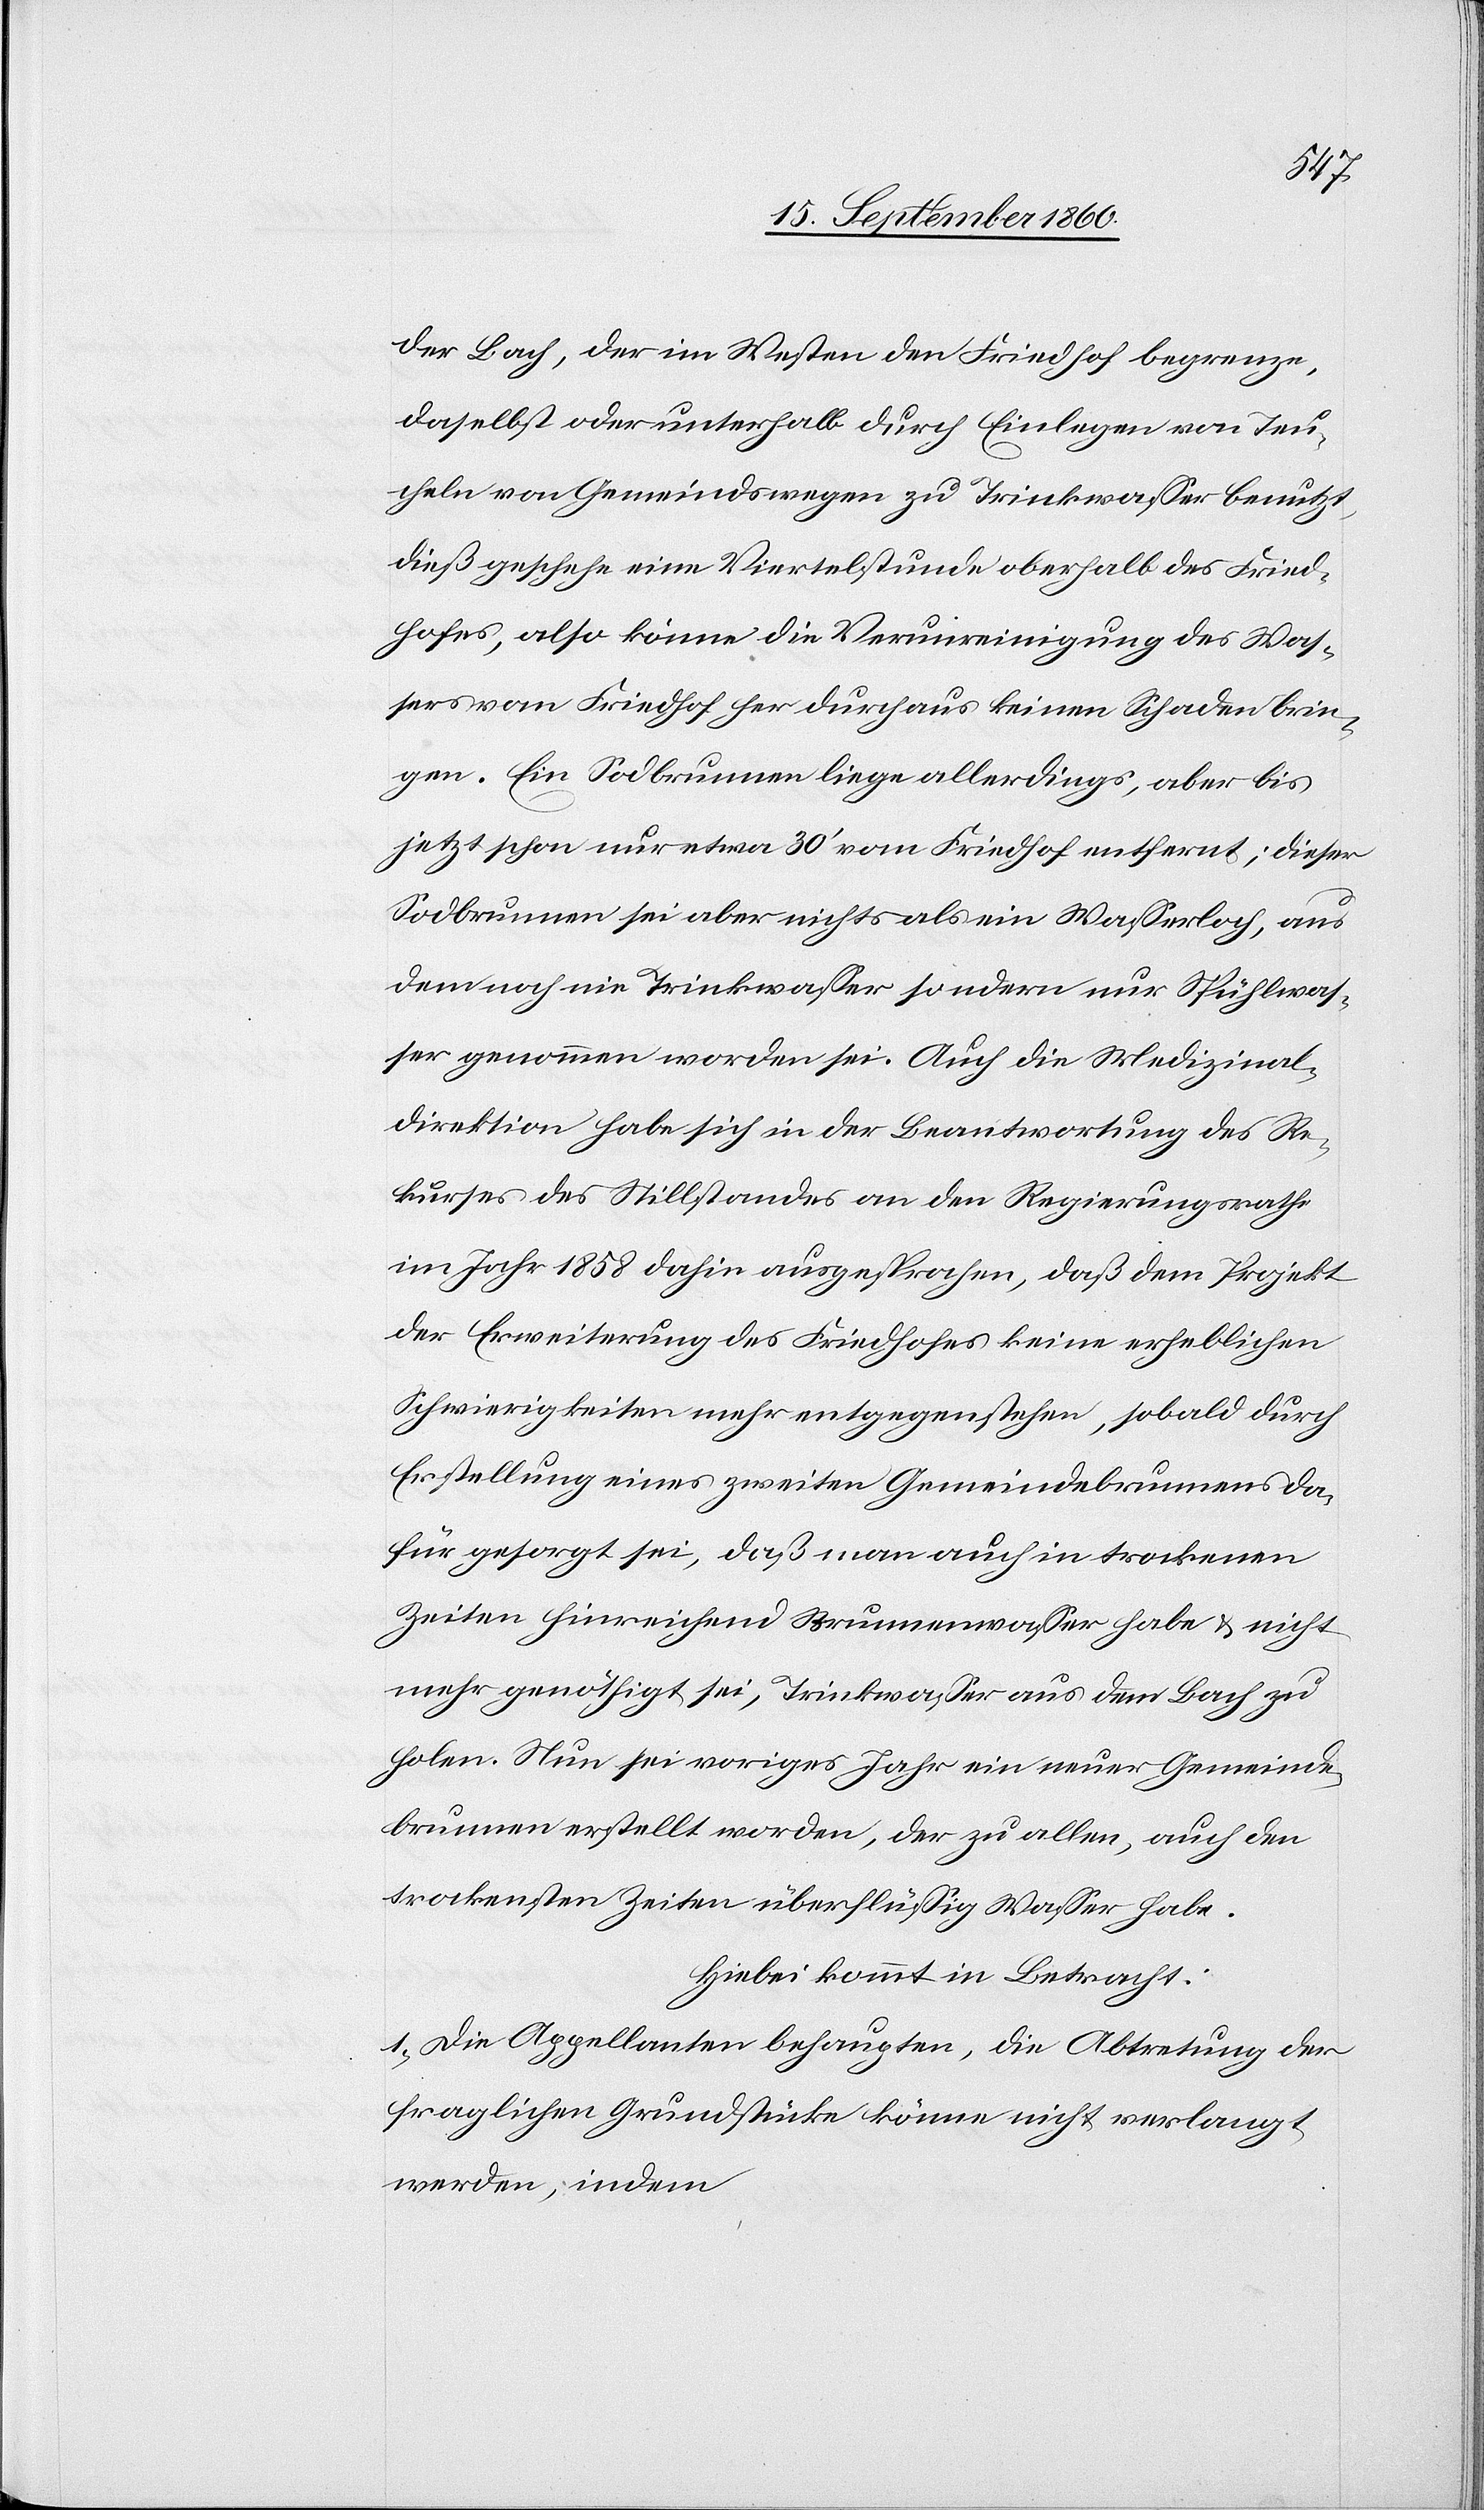
der Bach, der im Westen den Friedhof begrenze,
daselbst oder unterhalb durch Einlegen von Teu¬
cheln von Gemeindswegen zu Trinkwasser benutzt;
dies geschehe eine Viertelstunde oberhalb des Fried¬
hofes; also könne die Verunreinigung des Was¬
sers vom Friedhof her durchaus keinen Schaden brin¬
gen. Ein Sodbrunnen liege allerdings, aber j¬
etzt schon, nur etwa 30’ vom Friedhof entfernt, dieser
Sodbrunnen sei aber nichts als ein Wasserloch, aus
dem noch nie Trinkwasser, sondern nur Spühlwas¬
ser genommen worden sei. Auch die Medizinal¬
direktion habe sich in der Beantwortung des Re¬
kurses des Stillstandes an den Regierungsrath
im Jahr 1858 dahin ausgesprochen, dass dem Projekt
der Erweiterung des Friedhofes keine erheblichen
Schwierigkeiten mehr entgegenstehen, sobald durch
Erstellung eines zweiten Gemeindebrunnens da¬
für gesorgt sei, dass man auch in trockenen
Zeiten hinreichend Brunnenwasser habe und nicht
mehr genöthigt sei, Trinkwasser aus dem Bach zu
holen. Nun sei voriges Jahr ein neuer Gemeinde¬
brunnen erstellt worden, der zu allen, auch den
trockenen Zeiten überflüssig Wasser habe.
Hiebei kommt in Betracht:
1) Die Appellanten behaupten, die Abtretung der
fraglichen Grundstücke könne nicht verlangt
werden, indem